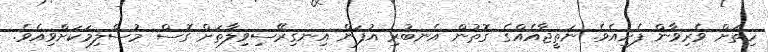
ހިތަށް ވެރިވާން ފެށިއެވެ. ނަތީޖާއެއްގެ ގޮތުން އެނބުރި އުފަން އިނގިރޭސިވިލާތަށް ގޮސް މުސްލިމަކަށްވިއެވެ.